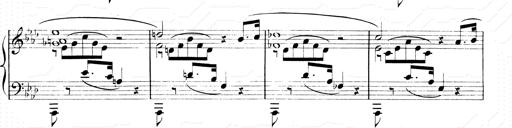
Title: 2 Transcriptions d'aprÃ¨s Rossini
Composer: Franz Liszt